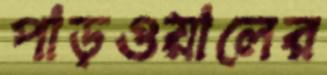
পাড়ওয়ালের